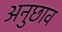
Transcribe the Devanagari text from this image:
अनुछाव